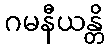
ဂမနီယန္တိ